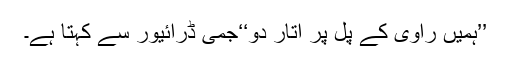
’’ہمیں راوی کے پُل پر اُتار دو‘‘جمی ڈرائیور سے کہتا ہے۔